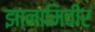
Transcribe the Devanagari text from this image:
झानामिवीर